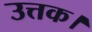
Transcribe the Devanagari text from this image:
उत्तक।